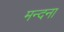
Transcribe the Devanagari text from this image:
मन्दना